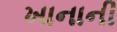
ખાનાની